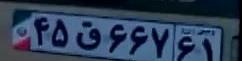
۴۵ق۶۶۷۶۱